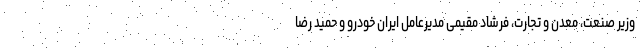
وزیر صنعت، معدن و تجارت، فرشاد مقیمی مدیرعامل ایران خودرو و حمید رضا